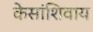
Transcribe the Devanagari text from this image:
केसांशिवाय